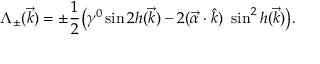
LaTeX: \Lambda _ { \pm } ( \vec { k } ) = \pm \frac { 1 } { 2 } \big ( \gamma ^ { 0 } \sin 2 h ( \vec { k } ) - 2 ( \vec { \alpha } \cdot \hat { k } ) ~ \sin ^ { 2 } h ( \vec { k } ) \big ) .